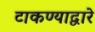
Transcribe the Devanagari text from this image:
टाकण्याद्वारे